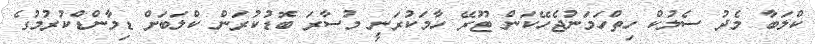
ކްލަބާ މެދު ސެލުކް ހިތްހަމަނުޖެހޭކަން ޓޫރޭ ހާމަކުރަނީ މުސާރަ ބޮޑުކުރަން ކްލަބަށް ޑިމާންޑްކުރުމުގެ